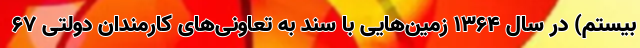
بیستم) در سال ۱۳۶۴ زمین‌هایی با سند به تعاونی‌های کارمندان دولتی ۶۷‌